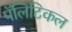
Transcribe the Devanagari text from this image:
पॅलिटिकल